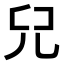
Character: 𠒂